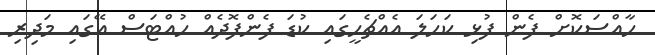
ހާއްސަކޮށް ފެން ފުޅި ކަހަލަ އެއްޗެހީގައި ކުޑަ ފެންފޮދެއް ހުއްޓަސް އޭގައި މަދިރި